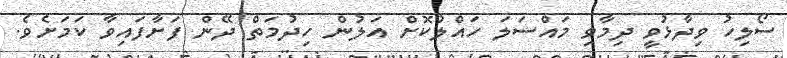
ސޯލިހު ވިދާޅުވީ ދިމާވި މައްސަލަ ހައްލުކޮށް އަލުން ހިދުމަތް ދޭން ފަށާފައިވާ ކަމަށެވެ.